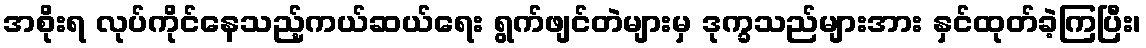
အစိုးရ လုပ်ကိုင်နေသည့်ကယ်ဆယ်ရေး ရွက်ဖျင်တဲများမှ ဒုက္ခသည်များအား နှင်ထုတ်ခဲ့ကြပြီး၊